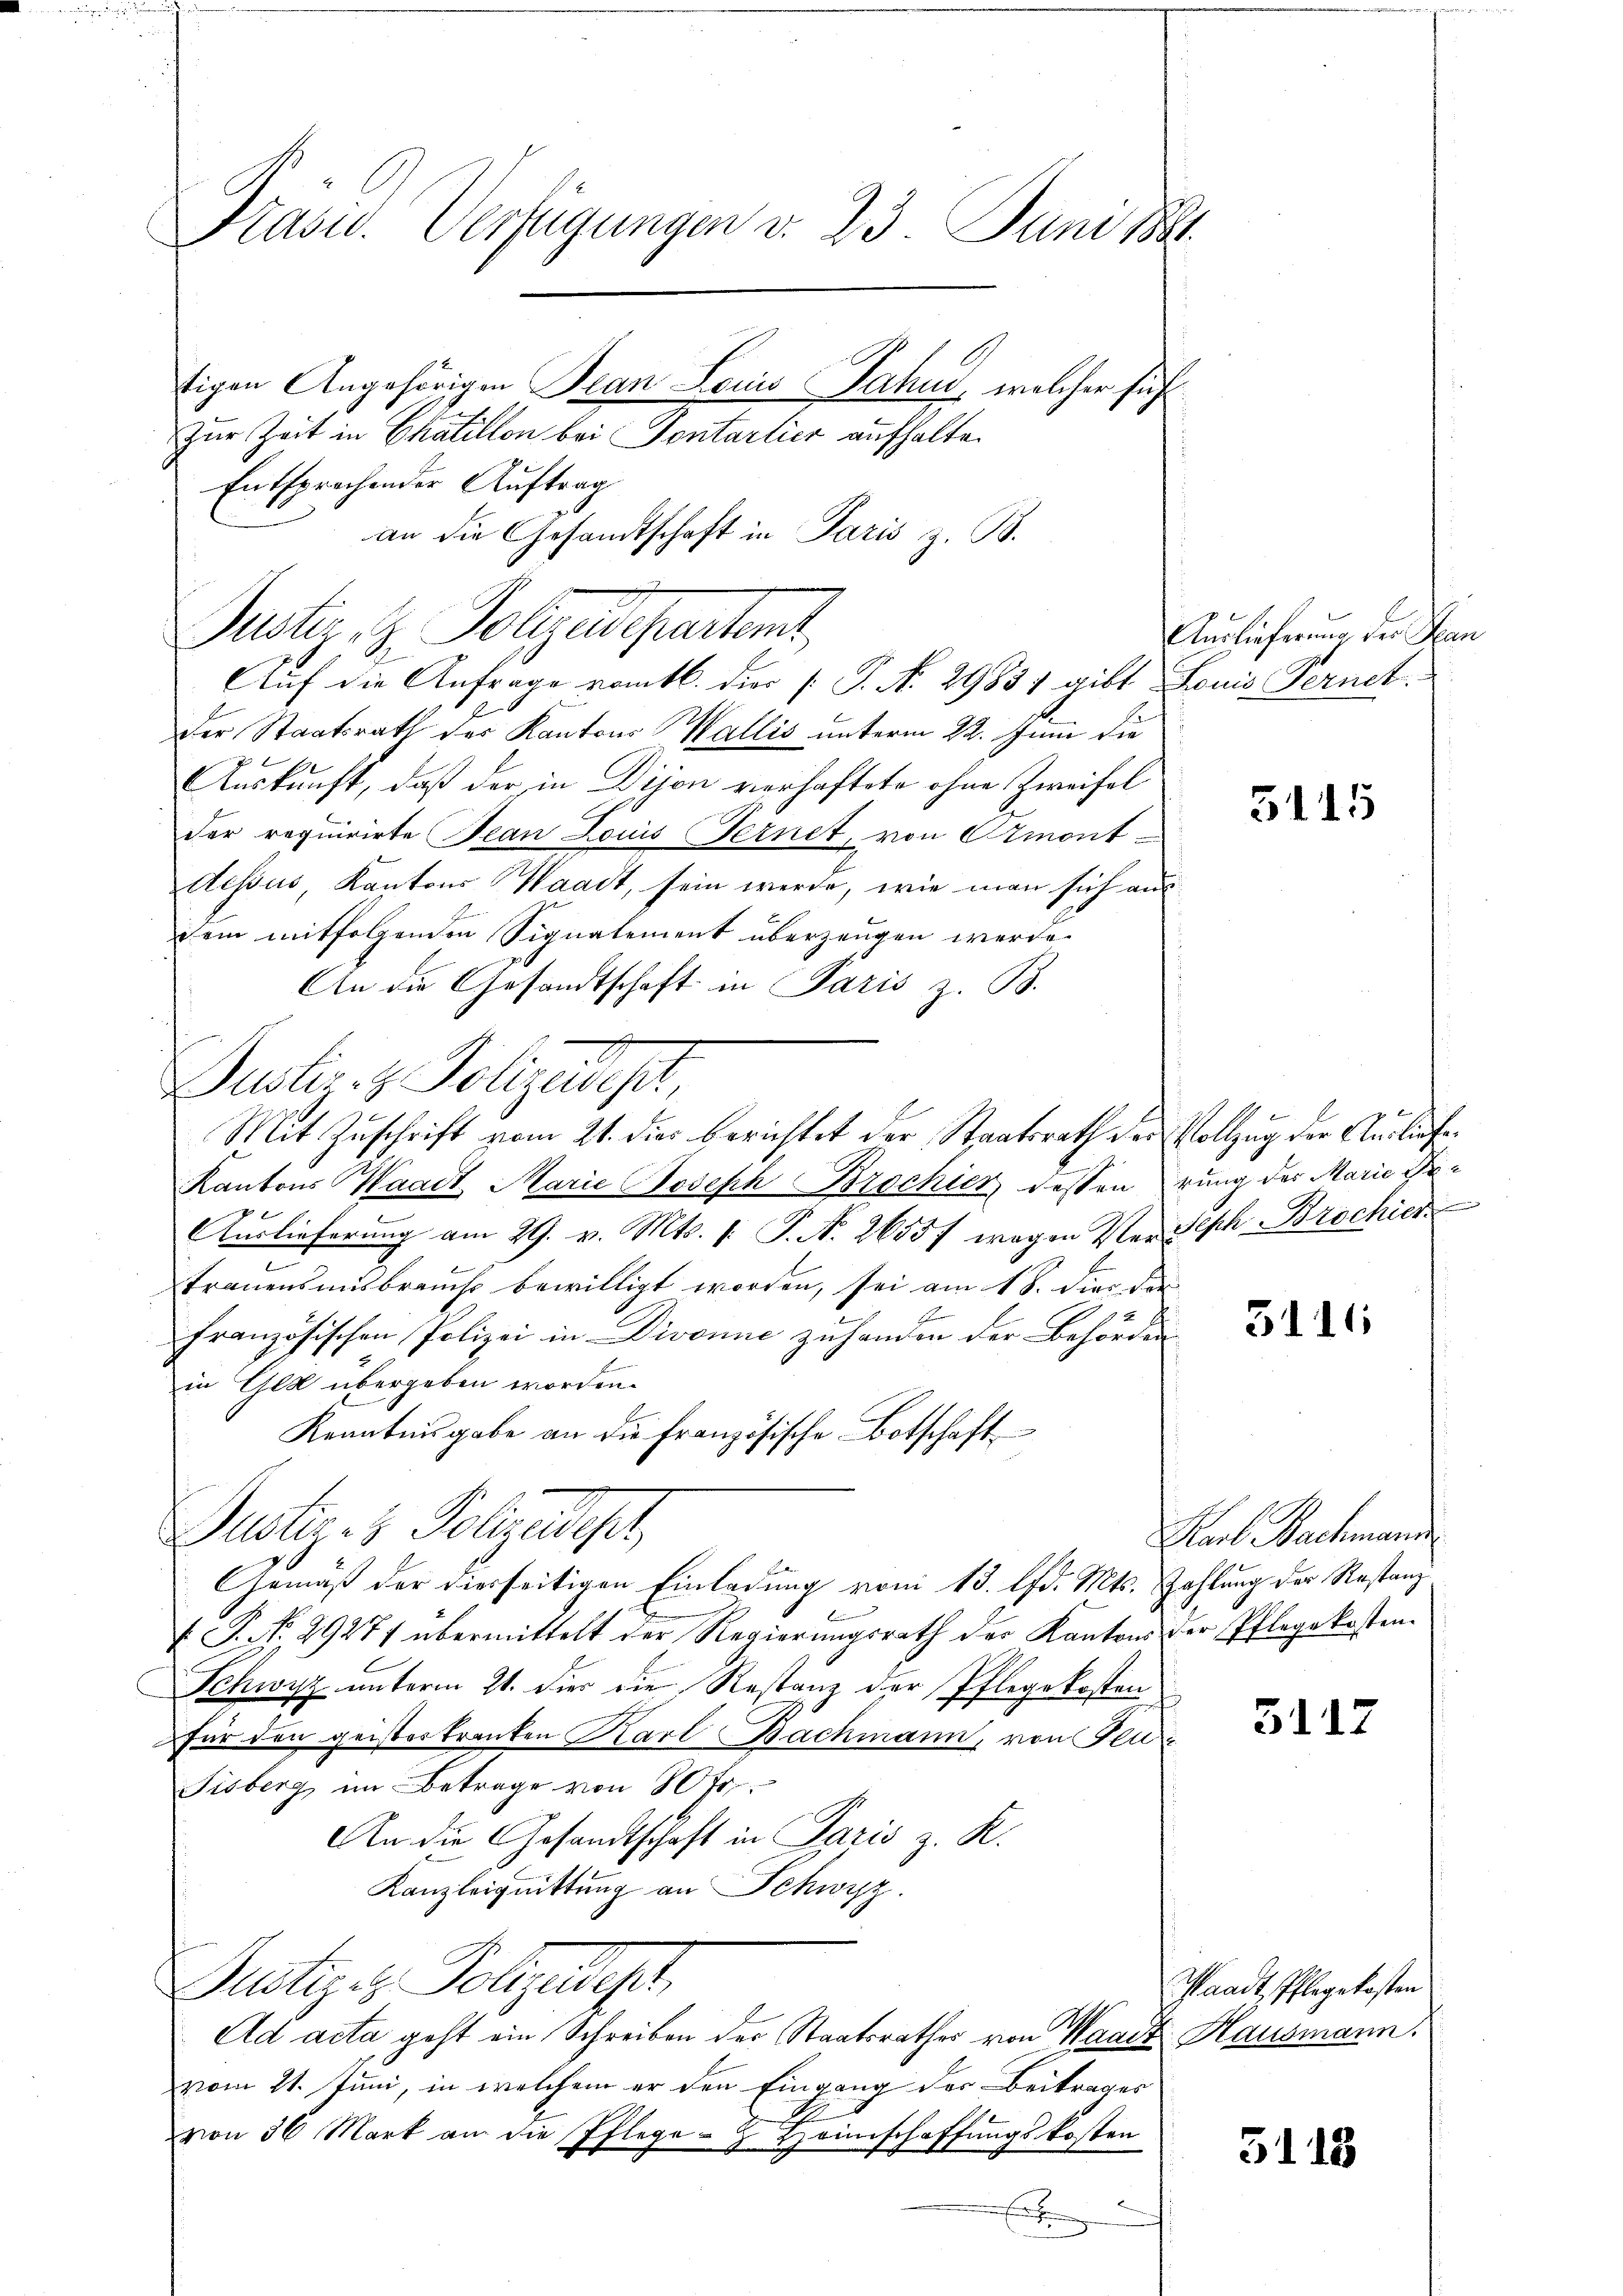
Frasid. Verfügungen v. 23. Juni 188
tigen Angehörigen Bean Louis Fahnd, welcher sich
Zur Zeit in Chatillon bei Sontartier aufhalte.

Entsprochender Auftrag
Puster, z. Folgedeparten,
der Staatsrath des Kantons Wallis unterm 22. Juni die
Auskunft, daß der in Dijon verhaftete ohne Zweifel
der requirirte Jean Louis Fernet, von Amont-
Aessus Kantons Waadt, sein werde, wie man sich aus
dem mitfolgenden Signalement überzeugen werde.
An die Gesandtschaft in Paris z. B.
Justiz- & Polizeidept,
Mit Zuschrift vom 21. dies berichtet der Staatsrath der Vollzug der Ausliefer
Kantons Waadt Marie Joseph Brochier dessen rung der Marie Ge¬
Auslieferung am 29. v. Mts. 1. P. N. 2655f wegen Versisch Brochier
trauensmisbrauch bewilligt worden, sei am 18. dies die
französischen Polizei in Divonne zu handen der Behörden
in Ged übergeben worden.
Kenntnisgabe an die Französische Botschaft
Justiz- & Polizeidisch
Gemäß der diesseitigen Einladung vom 13. lfd. Mts. Zahlung der Restanz
 P. Nr. 29277 übermittelt der Regierungsrath der Kantons der Pflegekosten.
Schwyz unterm 21. dies die Restanz der Pflegekosten
für den geisterkranken Karl Bachmann, von Feu¬
Sisberg, im Betrage von 80fr.
An die Gesandtschaft in Paris z. K.
Kanzleiguittung an Schwyz.
Dustiz & Polizeidept,
Ad acta geht ein Schreiben der Staatsrathes von Waadt Hausmann
vom 21. Juni, in welchem er den Eingang der Beitrages
von 36 Mark an die Pflege - Heimschaffungskosten
E

an die Gesandtschaft in Paris z. B.
Auf die Anfrage vom 16. dies /: P. No. 29831 gibt Louis Fernet.

Auslieferung der Han

3115

3111

Karl Bachmann

5117

Waadt, Pflegekosten

5118